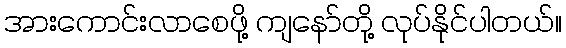
အားကောင်းလာစေဖို့ ကျနော်တို့ လုပ်နိုင်ပါတယ်။